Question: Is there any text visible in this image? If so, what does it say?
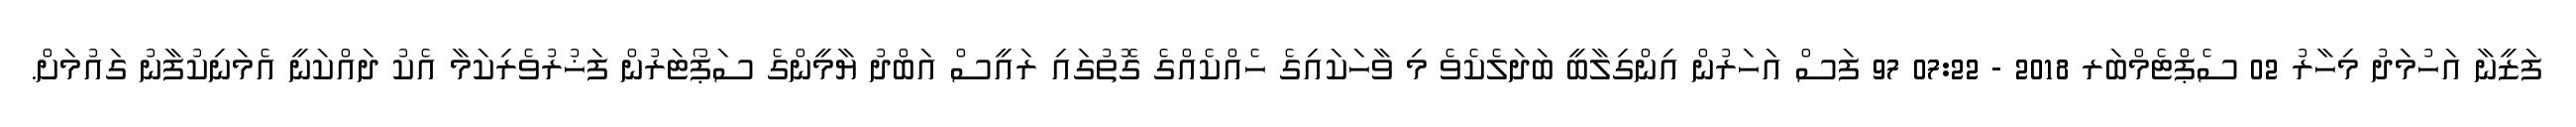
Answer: ފަޒީނާ އަހުމަދު މިހާރު 02 ސެޕްޓެމްބަރ 2018 - 07:22 97 ފަސް އަހަރުން އިންގިލާބީ ބަދަލެކެވެ މި ވާހަކައިގެ ހެއްކެއްގެ ގޮތުގައި ރައީސް އަބްދު ޔާމީންގެ ސަޕޯޓަރުން ފަޚުރުވެރިކަމާ އެކު ދައްކަނީ އެމަނިކުފާނު ގައުމަށް.